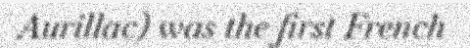
Aurillac) was the first French